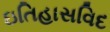
ઇતિહાસવિદ